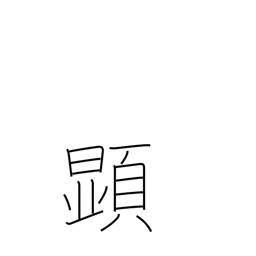
Meaning: appear